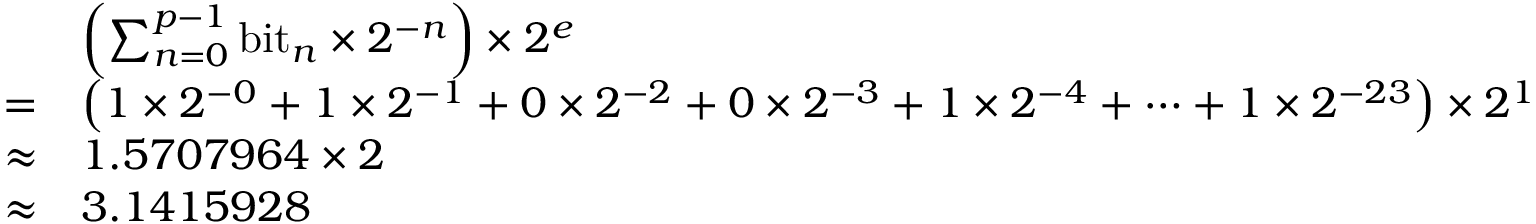
{ \begin{array} { r l } & { \left( \sum _ { n = 0 } ^ { p - 1 } { \mathrm { b i t } } _ { n } \times 2 ^ { - n } \right) \times 2 ^ { e } } \\ { = } & { \left( 1 \times 2 ^ { - 0 } + 1 \times 2 ^ { - 1 } + 0 \times 2 ^ { - 2 } + 0 \times 2 ^ { - 3 } + 1 \times 2 ^ { - 4 } + \cdots + 1 \times 2 ^ { - 2 3 } \right) \times 2 ^ { 1 } } \\ { \approx } & { 1 . 5 7 0 7 9 6 4 \times 2 } \\ { \approx } & { 3 . 1 4 1 5 9 2 8 } \end{array} }